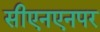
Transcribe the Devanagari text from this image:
सीएनएनपर